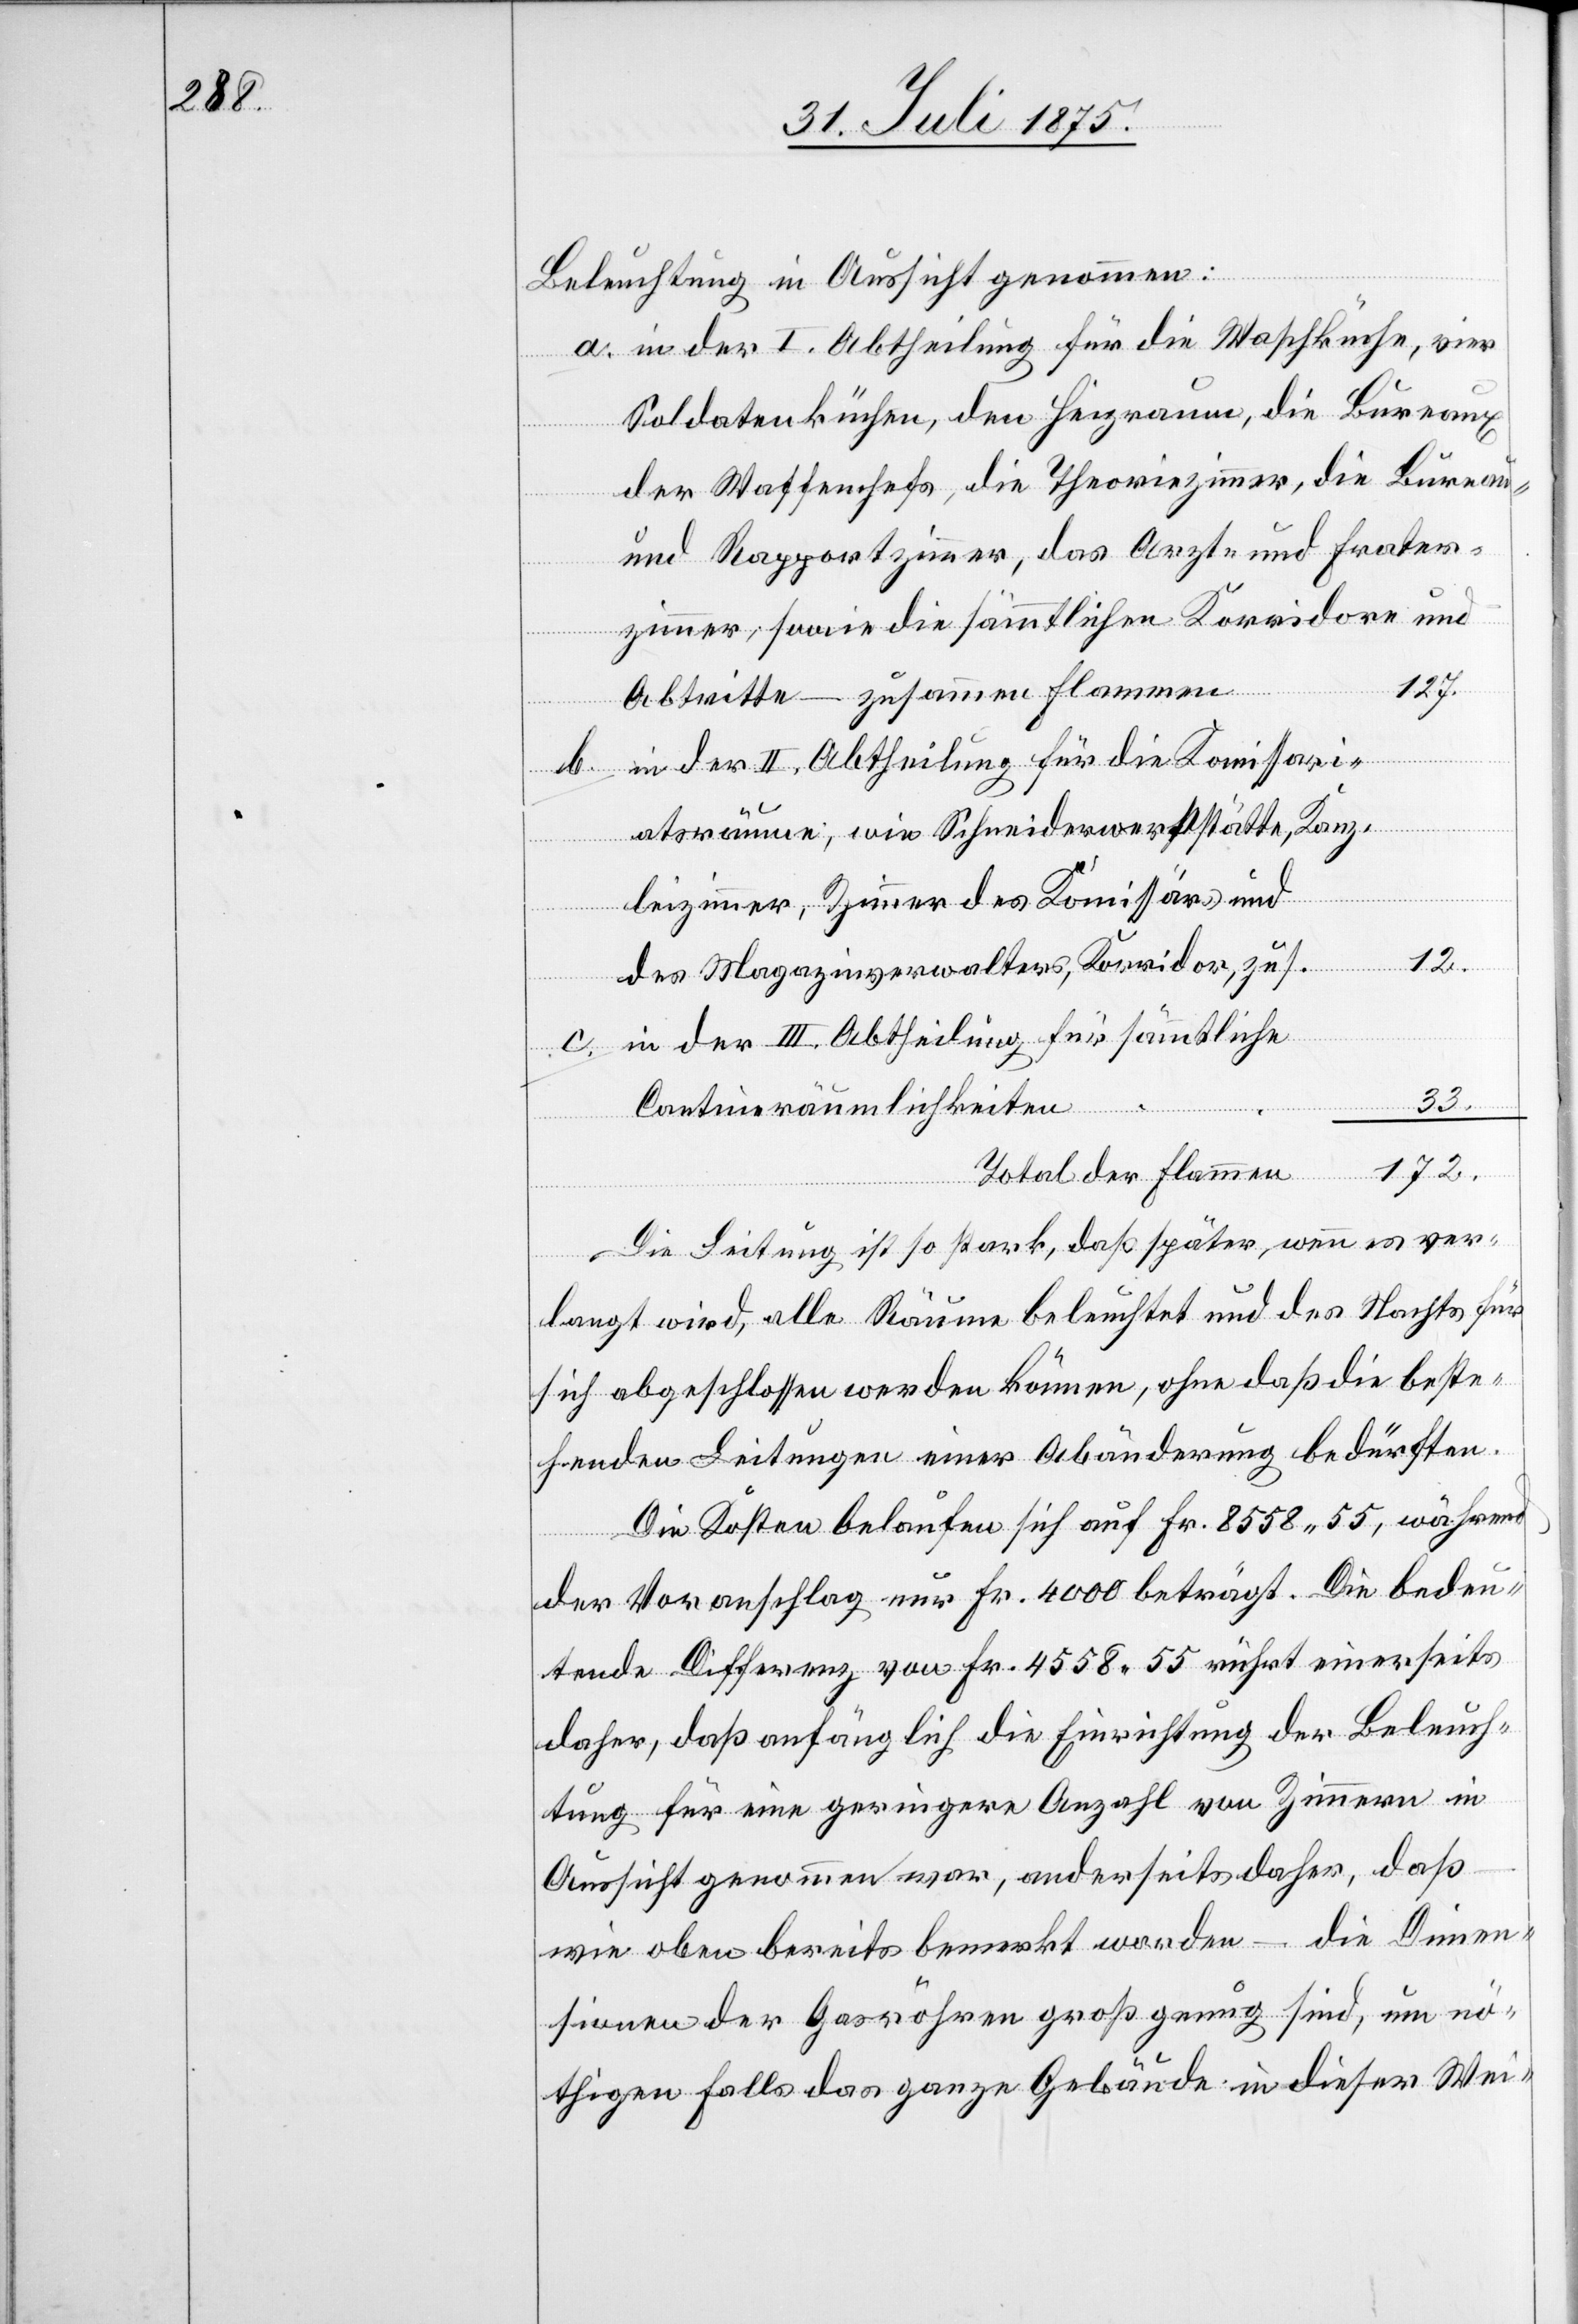
Beleuchtung in Aussicht genommen:
in der I. Abtheilung für die Waschküche, vier
Soldatenküchen, den Heizraum, die Bureaux
b.
der Waffenchefs, die Theoriezimmer, die Bureau-
und Rapportzimmer, das Aerzte- und Frater¬
zimmer, sowie die sämmtlichen Korridore und
127.
Abtritte – zusammen Flammen
in der II. Abtheilung für die Komissari¬
atsräume, wie Schneiderwerkstätte, Kanz¬
leizimmer, Zimmer des Komissärs und
12.
c.
des Magazinverwalters, Korridor, zus.
in der III. Abtheilung für sämmtliche
33.
Cantineräumlichkeiten
172.
Total der Flammen
Die Leitung ist so stark, daß später, wenn es ver¬
langt wird, alle Räume beleuchtet und des Nachts für
sich abgeschlossen werden können, ohne daß die beste¬
henden Leitungen einer Abänderung bedürften.
Die Kosten belaufen sich auf Fr. 8558 55, während
der Voranschlag nur Fr. 4000 beträgt. Die bedeu¬
tende Differenz von Fr. 4558 55 rührt einerseits
daher, daß anfänglich die Einrichtung der Beleuch¬
tung für eine geringere Anzahl von Zimmern in
Aussicht genommen war, anderseits daher, daß
wie oben bereits bemerkt worden – die Dimen¬
sionen der Gasröhren groß genug sind, um nö¬
thigen Falls das ganze Gebäude in dieser Wei-